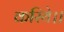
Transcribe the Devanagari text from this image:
करिये।।